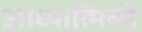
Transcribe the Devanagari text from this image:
आध्यात्मिको